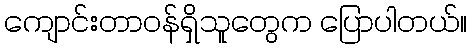
ကျောင်းတာဝန်ရှိသူတွေက ပြောပါတယ်။